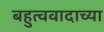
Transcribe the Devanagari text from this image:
बहुत्ववादाच्या